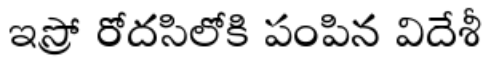
ఇస్రో రోదసిలోకి పంపిన విదేశీ